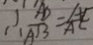
\therefore \frac { A D } { A B } = \frac { A C } { A C }